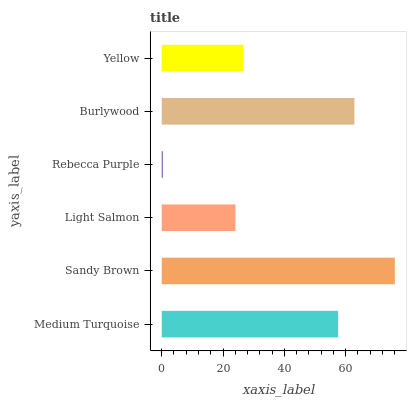
| yaxis_label | bars |
 | --- | --- |
 | Medium Turquoise | 57.6 |
 | Sandy Brown | 76.1 |
 | Light Salmon | 24 |
 | Rebecca Purple | 0.306 |
 | Burlywood | 62.9 |
 | Yellow | 26.7 |